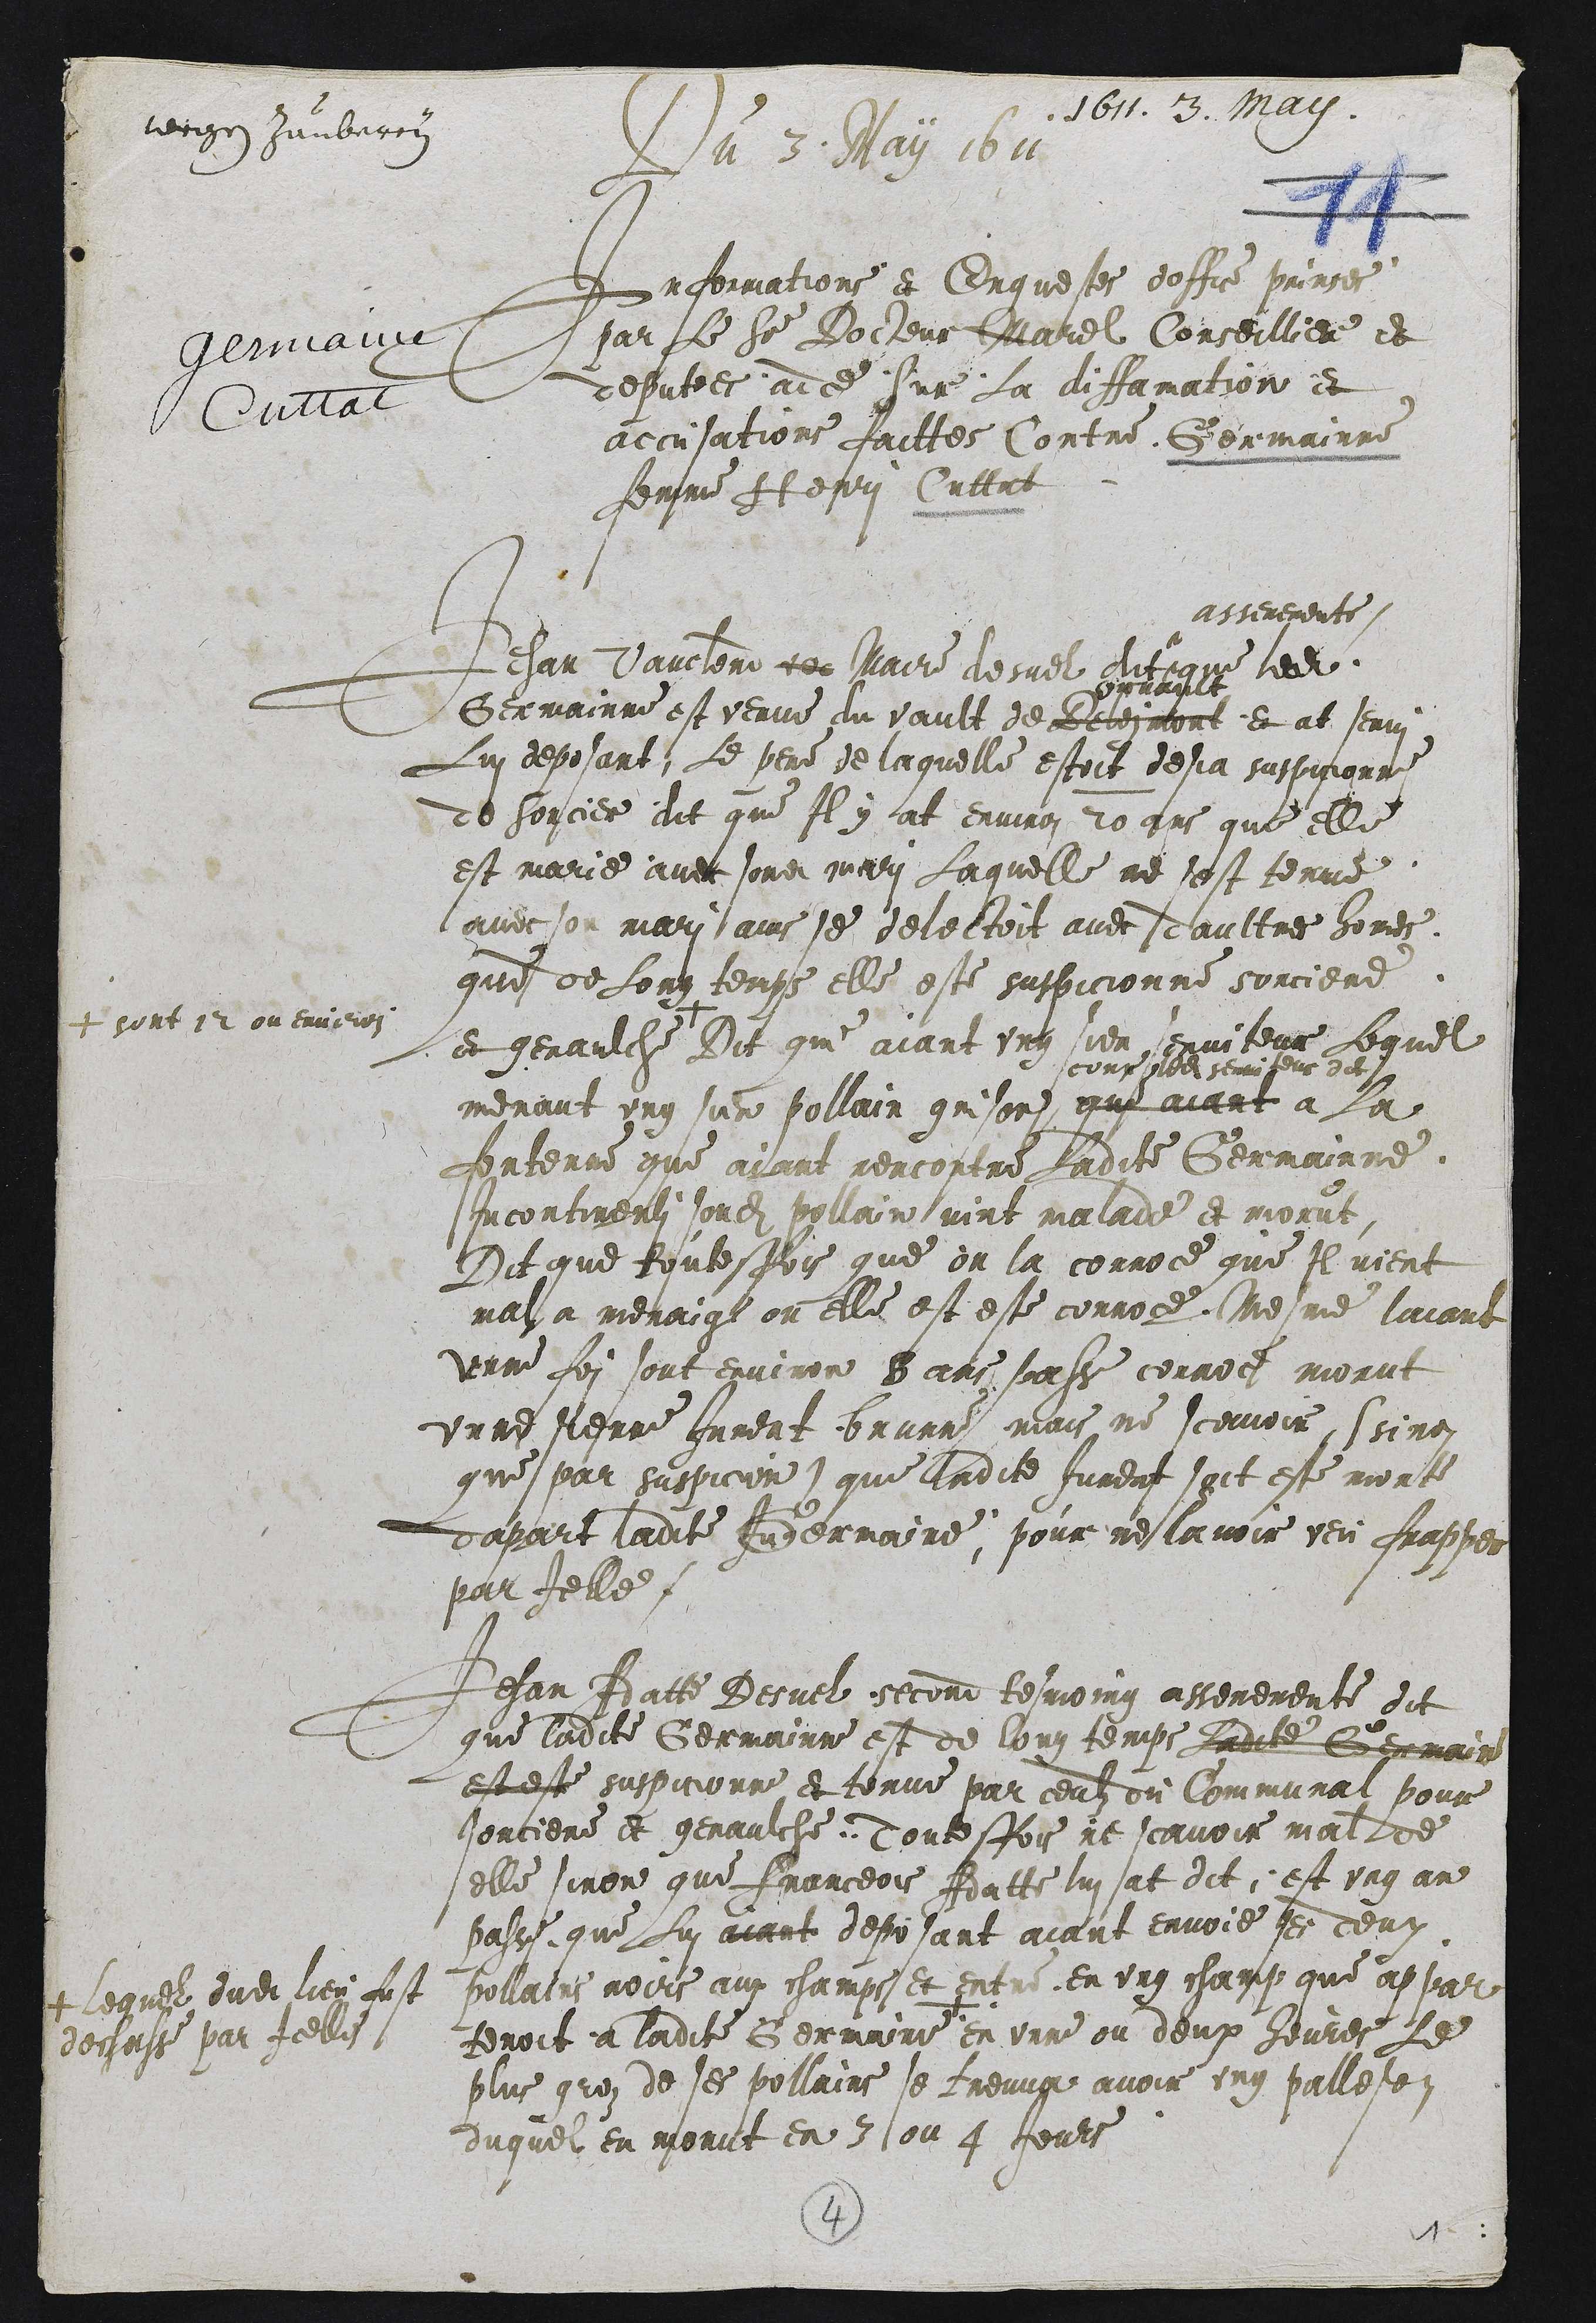
1611. 3. Maii.
terigon Juubarcon
Du 3 May 1611
Informations et Enquestes doffice prinses
par Le ser Docseur Marel Conceillier et
deputees ad ce sur La aiffamation et
accusations faittes Contre Germainne
fenme H esri Cuttat

Jehan Vauclerd de Maire desuel dit
asseremente
que ledit
Germainne est venue du vault de Relesmont
opvant
et at Jenui
Lui deposant, Le pere de laquelle estoit desia suspicionne
de Sorcier dit que Il y at environ 20 ans que elle
est marie avec sondit mari Laquelle ne sest tenue
avec son mari ains se delectoit avec daultres bomes.
que de Long temps elle este suspicionne sorciere
et genaulche
+ ront 12 ou environ
Dit qui aiant ung sien, enviteur Lequel
menant ung sur pollain grison
scoup sba hemiseus dit
que aiant a la
fontenne que aiant rencontre Ladite Germainne
Incontinenli sondit pollain vint malade et morut
Dit que toutesfois que on la conroce que Il vient
mal a menaigl ou elle est este conroce, Mesme laiant
unne foi sont environ 8 ans sasse couroe morut
unne fienne Jument brunne mais ne scavoir, ssino
que par suspicion que ladite Jurent oit este morte
dapart ladite Andermaine, pour nes lavoir veu frapper
par Ielle

Jehan Adatte Desuel second tesmoing asseremente dit
que ladite Germainne est de lou temps Ladite Germain
est este suspicionne et tonue par ceulz du Communat pour
sorciere et genaulche doutesfois ne scavoir mal de
elle sinon que Franceois Adatte lui sat dit, est ung an
passe, que Lui aiant deposant aiant envoie ses deux
pollaiis noors aux champs et ent en ung champ que appar
tenoit a ladite Germaime
+ lequel dudit lieu fust
decusse par Icelle
en unne ou deux hevres Le
plus grez de ses pollains se treuvg avoir ung palletoi
duquel en morut en 3 lou 4 Jeuls

4
1